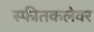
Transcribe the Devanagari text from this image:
स्फीतकलेवर